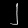
Digit: ၂